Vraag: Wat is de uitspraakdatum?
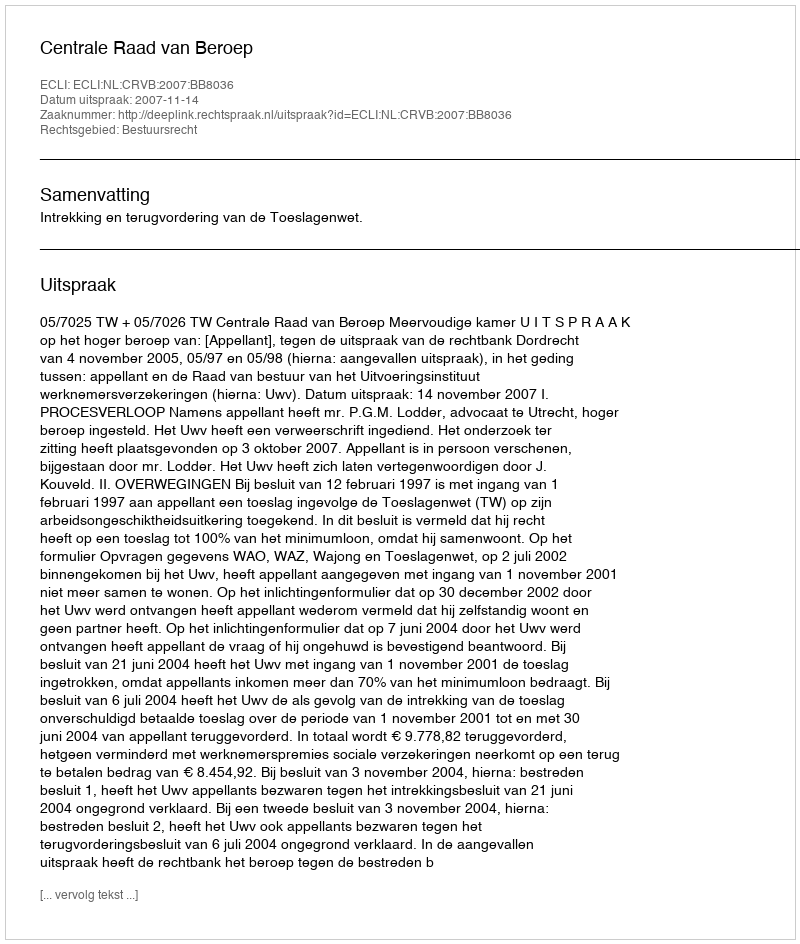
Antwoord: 2007-11-14